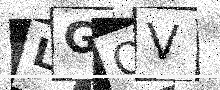
Text: LGQV